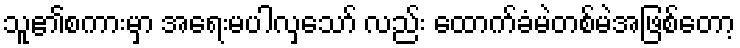
သူ၏စကားမှာ အရေးမပါလှသော် လည်း ထောက်ခံမဲတစ်မဲအဖြစ်တော့